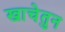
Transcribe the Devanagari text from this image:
खाचेतुन